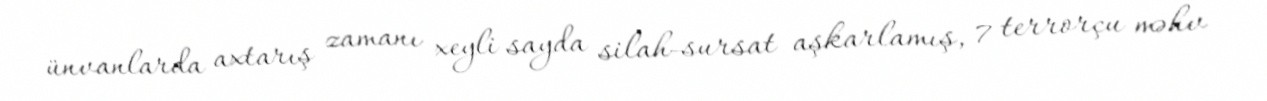
ünvanlarda axtarış zamanı xeyli sayda silah-sursat aşkarlamış, 7 terrorçu məhv